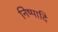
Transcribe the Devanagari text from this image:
निष्पादि